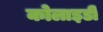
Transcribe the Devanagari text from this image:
कोलाइडी